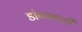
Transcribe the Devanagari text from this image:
डांगमाळी